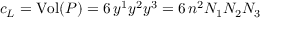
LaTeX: c _ { L } = \mathrm { V o l } ( P ) = 6 \, y ^ { 1 } y ^ { 2 } y ^ { 3 } = 6 \, n ^ { 2 } N _ { 1 } N _ { 2 } N _ { 3 }